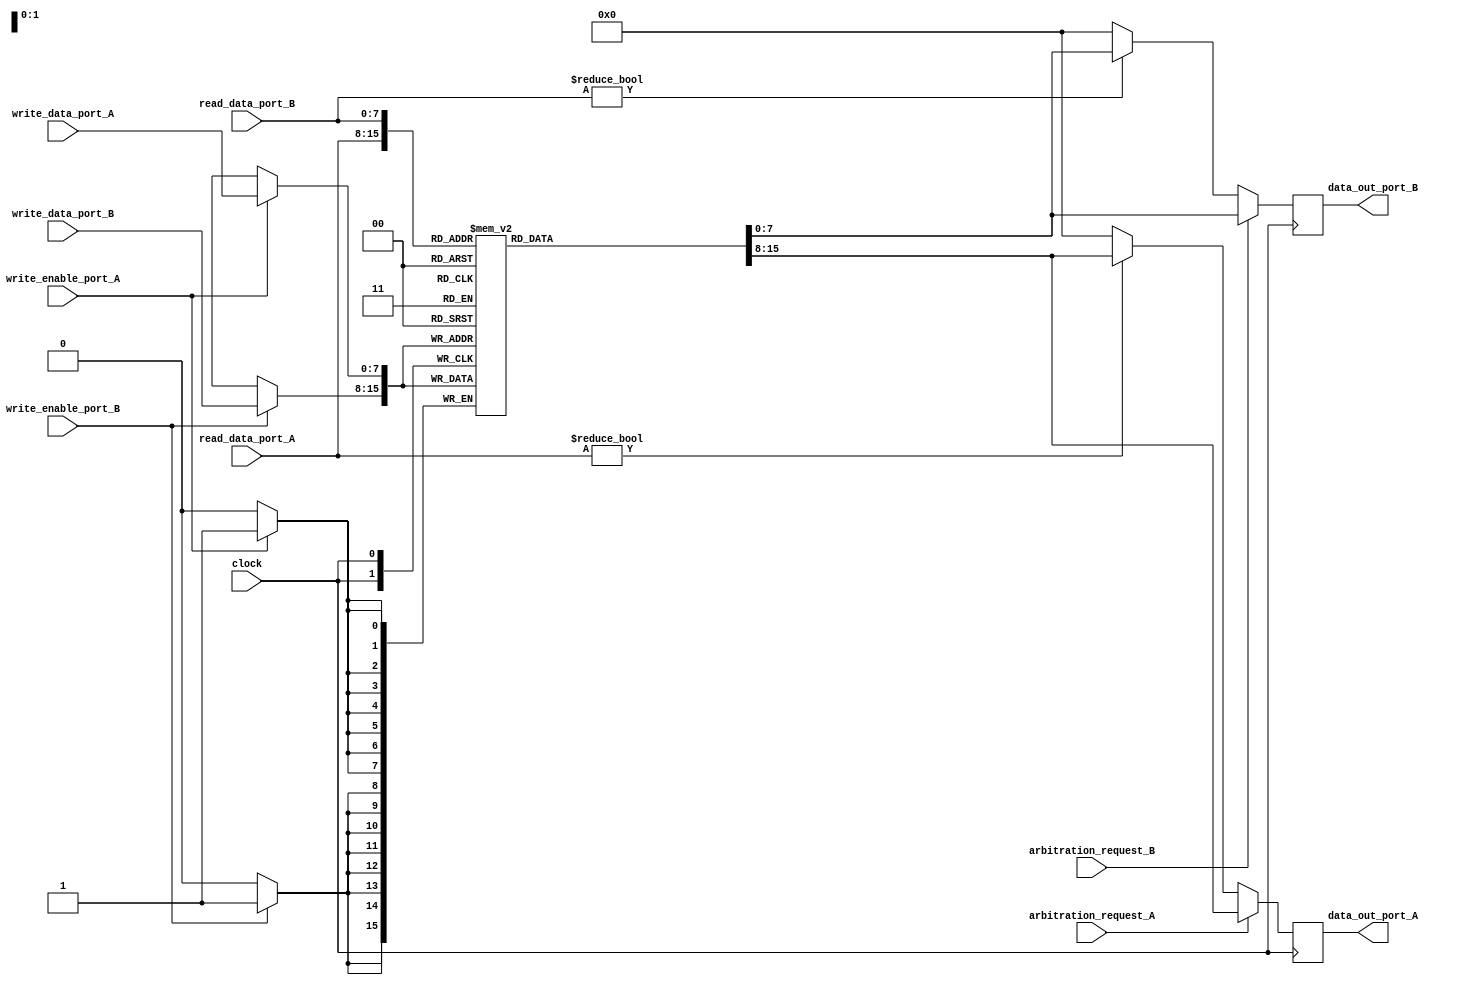
module dual_port_ram_with_arbitration (
    input wire [7:0] read_data_port_A,
    input wire [7:0] write_data_port_A,
    input wire write_enable_port_A,
    input wire [7:0] read_data_port_B,
    input wire [7:0] write_data_port_B,
    input wire write_enable_port_B,
    input wire arbitration_request_A,
    input wire arbitration_request_B,
    input wire clock,
    output reg [7:0] data_out_port_A,
    output reg [7:0] data_out_port_B
);

reg [7:0] ram [0:255];

always @(posedge clock) begin
    if (write_enable_port_A) begin
        ram[write_data_port_A] <= write_data_port_A;
    end
    data_out_port_A <= read_data_port_A ? ram[read_data_port_A] : 8'b00000000;
    
    if (write_enable_port_B) begin
        ram[write_data_port_B] <= write_data_port_B;
    end
    data_out_port_B <= read_data_port_B ? ram[read_data_port_B] : 8'b00000000;
    
    if (arbitration_request_A) begin
        data_out_port_A <= ram[read_data_port_A];
    end
    if (arbitration_request_B) begin
        data_out_port_B <= ram[read_data_port_B];
    end
end

endmodule